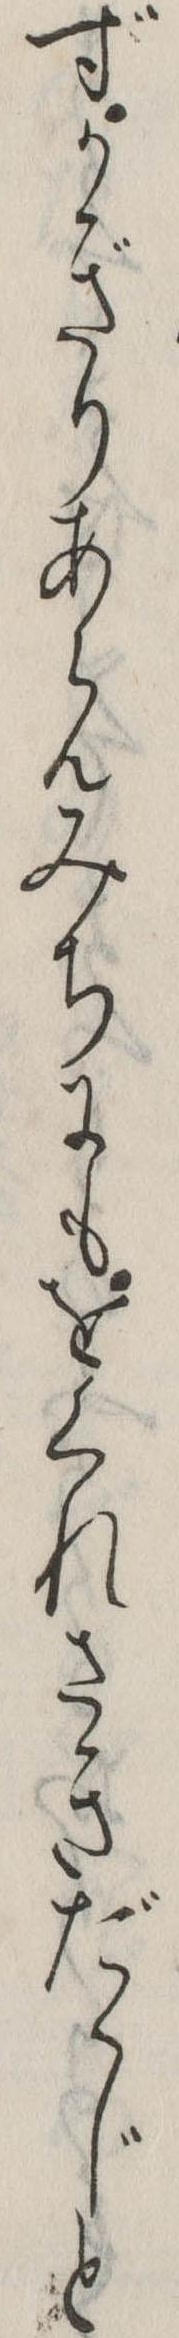
ずかぎりあらんみちにもをくれさきだゝじと